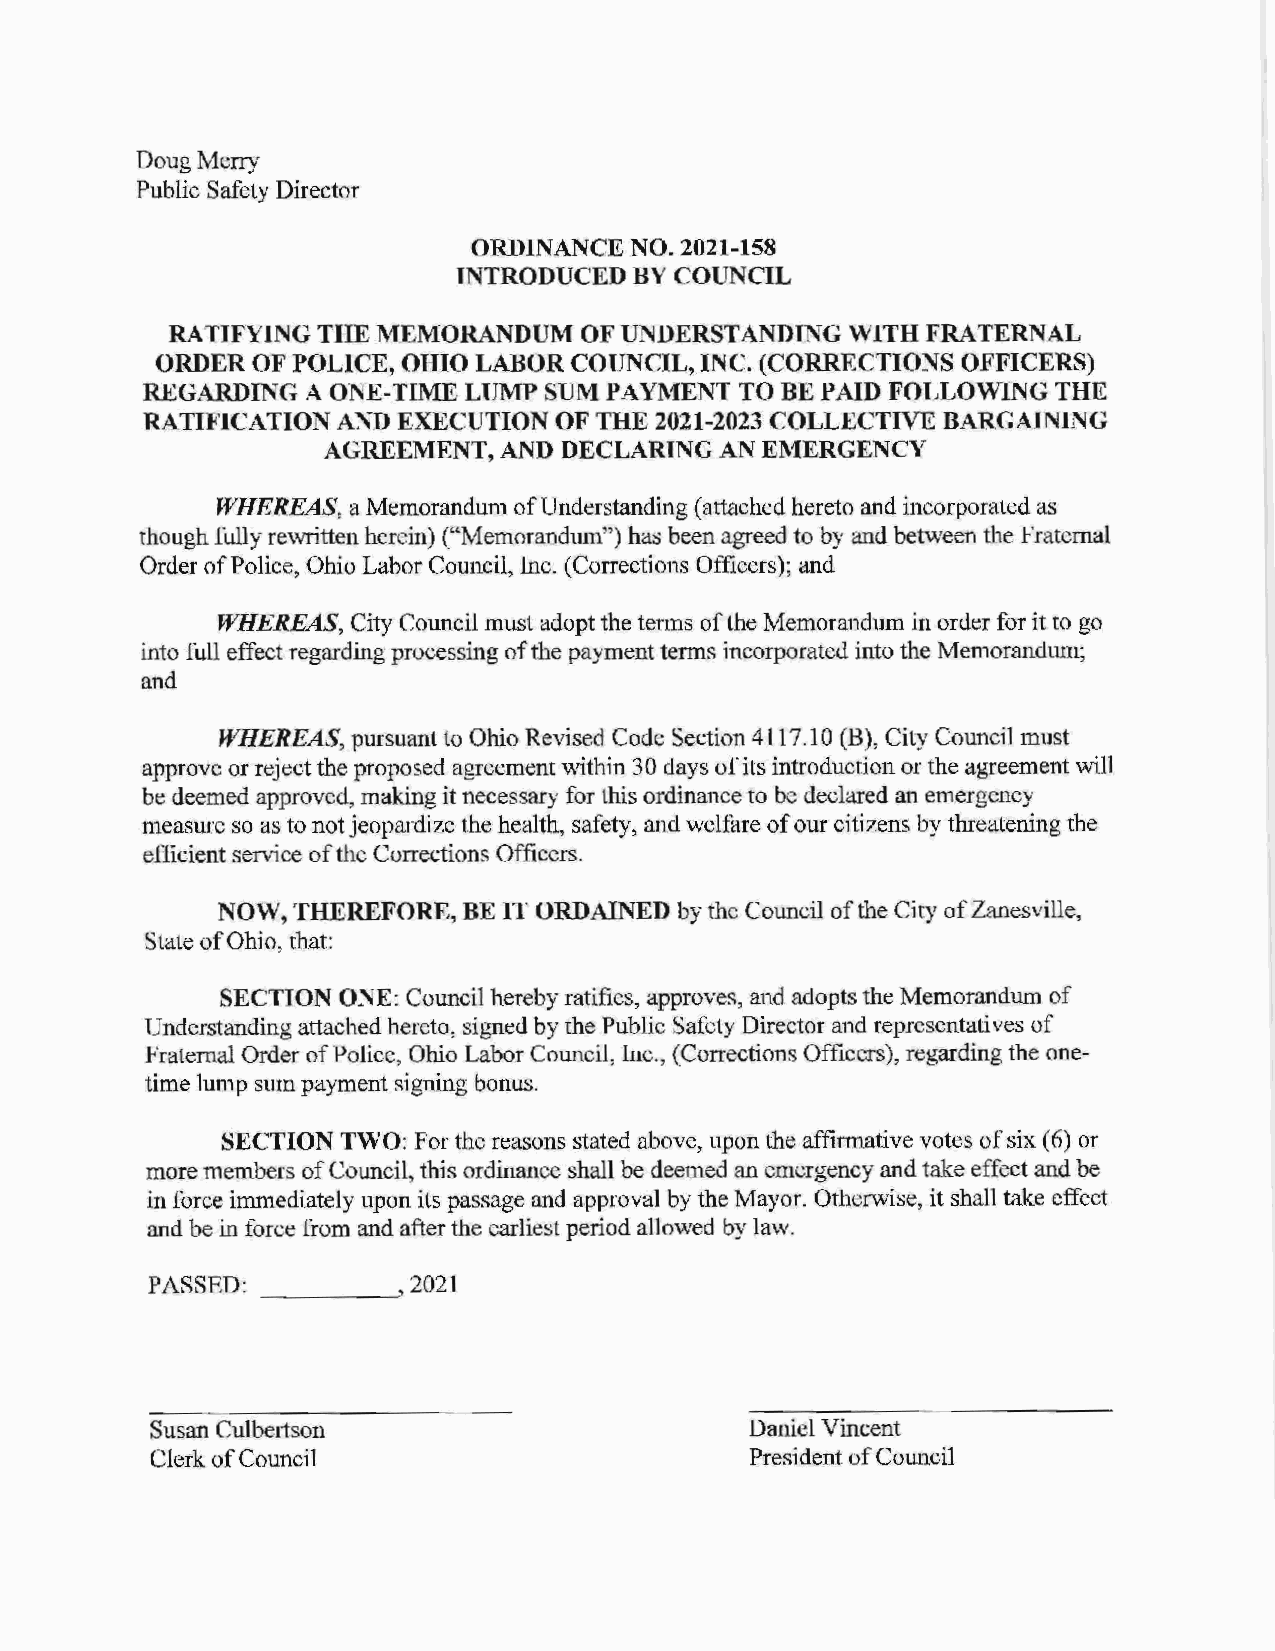
Doug Merry
 Public Safety Director
 ORDINANCE  NO. 2021-158
 INTRODUCED  BY COUNCIL
 RATIFYING THE MEMORANDUM   OF UNDERSTANDING  WITH FRATERNAL
 ORDER  OF POLICE, OHIO LABOR COUNCIL, INC. (CORRECTIONS OFFICERS)
 REGARDING  A ONE-TIME LUMP SUM PAYMENT  TO BE PAID FOLLOWING THE
 RATIFICATION AND EXECUTION  OF THE 2021-2023 COLLECTIVE BARGAINING
 AGREEMENT,  AND DECLARING  AN EMERGENCY
 WHEREAS, a Memorandum of Understanding (attached hereto and incorporated as
 though fully rewritten herein) ("Memorandum") has been agreed to by and between the Fraternal
 Order of Police, Ohio Labor Council, Inc. (Corrections Officers); and
 WHEREAS, City Council must adopt the terms of the Memorandum in order for it to go
 into full effect regarding processing of the payment terms incorporated into the Memorandum;
 and
 WHEREAS, pursuant to Ohio Revised Code Section 4117 .10 (B), City Council must
 approve or reject the proposed agreement within 30 days of its introduction or the agreement will
 be deemed approved, making it necessary for this ordinance to be declared an emergency
 measure so as to not jeopardize the health, safety, and welfare of our citizens by threatening the
 efficient service of the Corrections Officers.
 NOW, THEREFORE,  BE IT ORDAINED by the Council of the City of Zanesville,
 State of Ohio, that:
 SECTION ONE: Council hereby ratifies, approves, and adopts the Memorandum of
 Understanding attached hereto, signed by the Public Safety Director and representatives of
 Fraternal Order of Police, Ohio Labor Council, Inc., (Corrections Officers), regarding the one
 time lump sum payment signing bonus.
 SECTION TWO: For the reasons stated above, upon the affirmative votes of six (6) or
 more members of Council, this ordinance shall be deemed an emergency and take effect and be
 in force immediately upon its passage and approval by the Mayor. Otherwise, it shall take effect
 and be in force from and after the earliest period allowed by law.
 ____
 PASSED:        __, 2021
 Susan Culbertson                       Daniel Vincent
 Clerk of Council                       President of Council